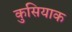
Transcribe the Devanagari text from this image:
कुसियाक